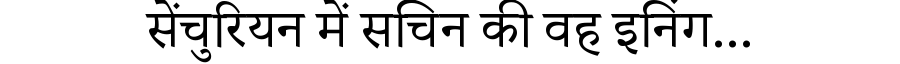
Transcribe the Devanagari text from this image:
सेंचुरियन में सचिन की वह इनिंग...